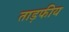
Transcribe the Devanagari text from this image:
ताड़फीय